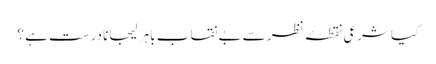
کیا شرعی نقطۂ نظر سے بے نقاب باہر لیجانا درست ہے ؟